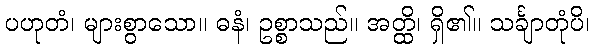
ပဟုတံ၊ များစွာသော။ ဓနံ၊ ဥစ္စာသည်။ အတ္ထိ၊ ရှိ၏။ သင်္ချာတုံပိ၊